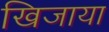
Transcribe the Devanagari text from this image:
खिजाया